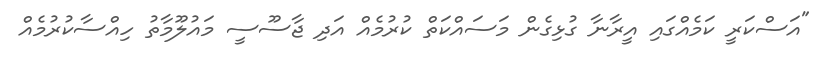
"އަސްކަރީ ކަމެއްގައި އީރާނާ ގުޅިގެން މަސައްކަތް ކުރުމެއް އަދި ޖާސޫސީ މައުލޫމާތު ހިއްސާކުރުމެއް